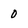
Character: 0